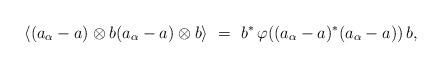
LaTeX: \begin{align*} \langle (a_\alpha - a) \otimes b (a_\alpha - a) \otimes b \rangle & \ = \ b^* \,\varphi((a_\alpha - a)^* (a_\alpha - a)) \, b,\end{align*}